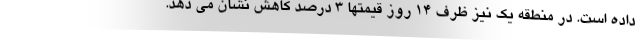
داده است. در منطقه یک نیز ظرف ۱۴ روز قیمتها ۳ درصد کاهش نشان می دهد.